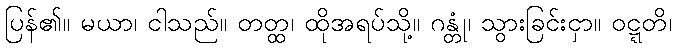
ပြန်၏။ မယာ၊ ငါသည်။ တတ္ထ၊ ထိုအရပ်သို့။ ဂန္တုံ၊ သွားခြင်းငှာ။ ဝဋ္ဋတိ၊